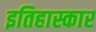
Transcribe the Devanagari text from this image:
इतिहास्कार